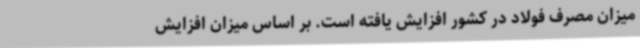
میزان مصرف فولاد در کشور افزایش‌ یافته است. بر اساس میزان افزایش